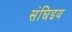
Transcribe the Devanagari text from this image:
संघिइय